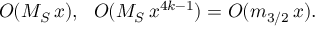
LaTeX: O ( M _ { S } \, x ) , \ \ O ( M _ { S } \, x ^ { 4 k - 1 } ) = O ( m _ { 3 / 2 } \, x ) .